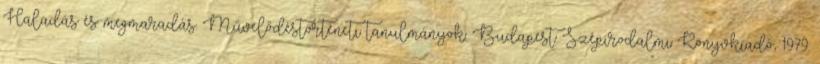
Haladás és megmaradás. Művelődéstörténeti tanulmányok. Budapest: Szépirodalmi Könyvkiadó, 1979.